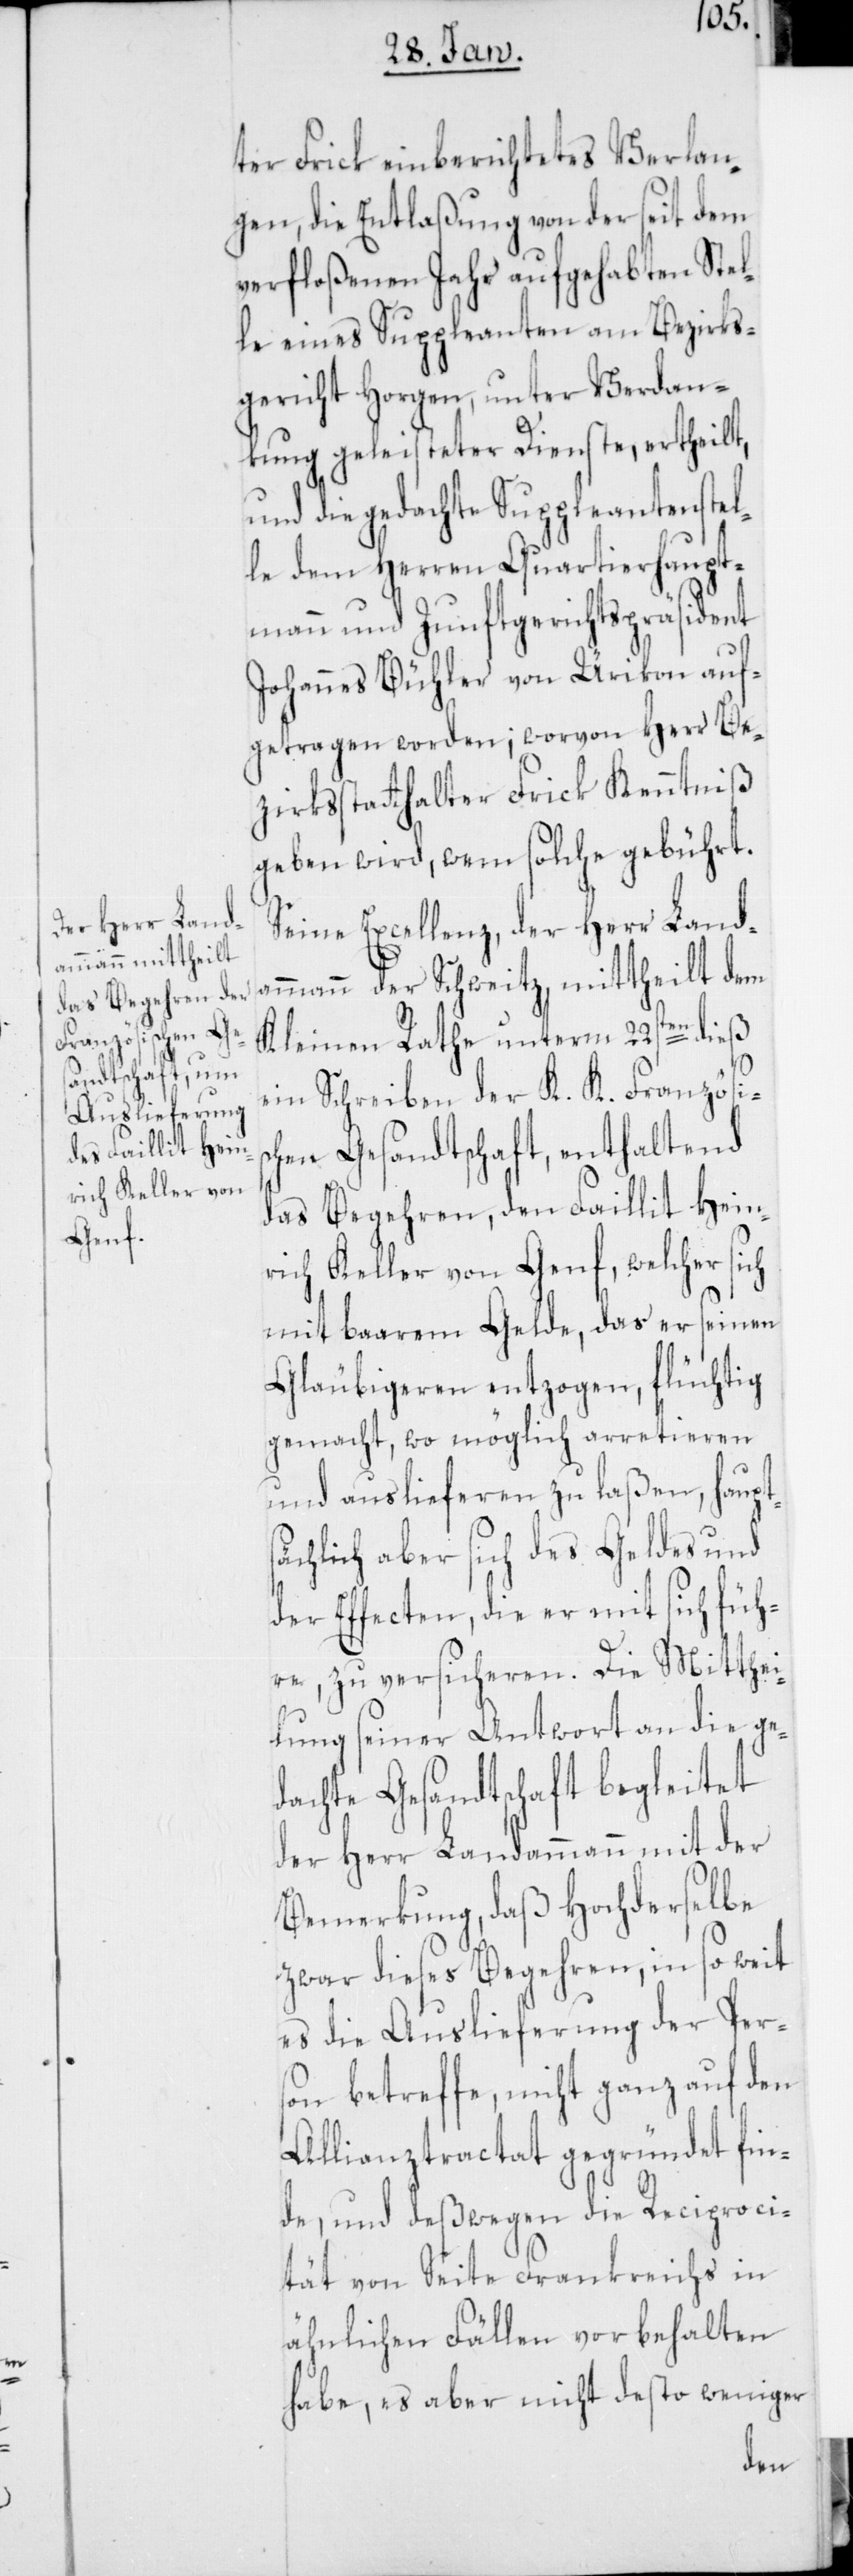
amm¬

ter Frick einberichtetes Verlan¬
gen, die Entlaßung von der seit dem
verfloßenen Jahr aufgehabten Stel¬
le eines Suppleanten am Bezirks¬
gericht Horgen, unter Verdan¬
kung geleisteter Dienste, ertheilt,
und die gedachte Suppleantenstel¬
le dem Herren Quartierhaupt¬
mann und Zunftgerichts-Präsident
Johannes Bühler von Ürikon auf¬
getragen worden; worvon Herr Be¬
zirksstatthalter Frick Kenntniß
geben wird, wem solche gebührt.
Seine Excellenz der Herr Land¬
ann der Schweitz mittheilt dem
Kleinen Rathe unterm 22sten dieß
ein Schreiben der K. K. Französis¬
chen Gesandtschaft, enthaltend
das Begehren, den Faillit Hein¬
rich Keller von Genf, welcher sich
mit baarem Gelde, das er seinen
Gläubigeren entzogen, flüchtig
gemacht, wo möglich arretieren
und auslieferen zu laßen, haupts¬
ächlich aber sich des Geldes und
der Effecten, die er mit sich füh¬
re, zu versicheren. Die Mitthei¬
lung seiner Antwort an die ge¬
dachte Gesandtschaft begleitet
der Herr Landammann mit der
Bemerkung, daß hochderselbe
zwar dieses Begehren, in so weit
es die Auslieferung der Pers¬
on betreffe, nicht ganz auf den
Allianztractat gegründet fin¬
de, und deßwegen die Reciproci¬
tät von Seite Frankreichs in
ähnlichen Fällen vorbehalten
habe, es aber nicht desto weniger